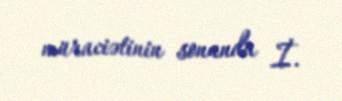
müraciətinin sonunda İ.